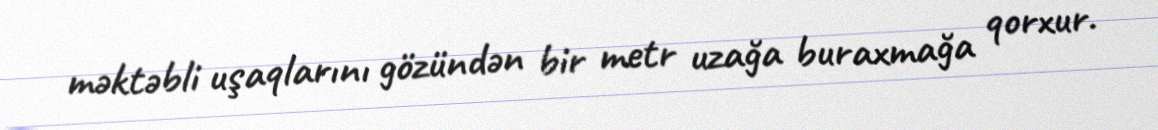
məktəbli uşaqlarını gözündən bir metr uzağa buraxmağa qorxur.